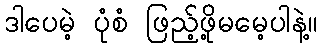
ဒါပေမဲ့ ပုံစံ ဖြည့်ဖို့မမေ့ပါနဲ့။